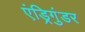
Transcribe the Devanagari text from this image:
एंड्रिगुंडर